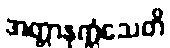
အတ္တာနုက္ကံသေတိ